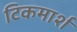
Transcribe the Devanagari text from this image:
टिकमार्श